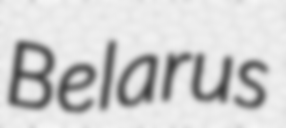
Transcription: Belarus